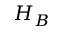
H _ { B }